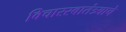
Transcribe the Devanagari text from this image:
विचारस्वातंत्र्याचे